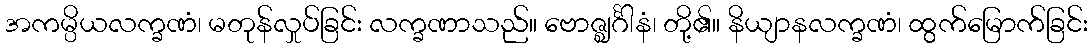
အကမ္ပိယလက္ခဏံ၊ မတုန်လှုပ်ခြင်း လက္ခဏာသည်။ ဗောဇ္ဈင်္ဂါနံ၊ တို့၏။ နိယျာနလက္ခဏံ၊ ထွက်မြောက်ခြင်း